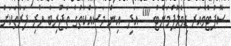
ސޮޕްޓްވެއަރ ޑިވެލޮޕްްމަންޓް "" އަދި  އިން މަސައްކަތުގެ ތަޖުރިބާ ހުރި ފަރާތަކަށް